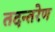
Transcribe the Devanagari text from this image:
तदन्तरेण